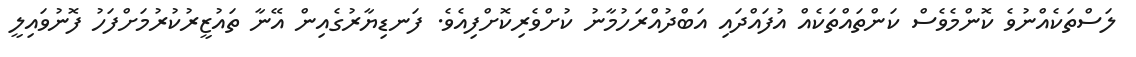
ލަސްތަކެއްނުވެ ކޮންމެވެސް ކަންތައްތަކެއް އުފައްދައި އަބްދުއްރަހުމާނު ކުށްވެރިކޮށްފިއެވެ. ފަނޑިޔާރުގެއިން އޭނާ ތައުޒީރުކުރުމަށްފަހު ފޮނުވައިލީ